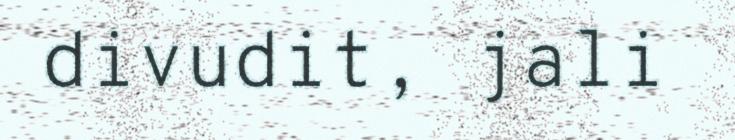
divudit, jali